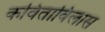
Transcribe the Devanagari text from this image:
कविताविलास